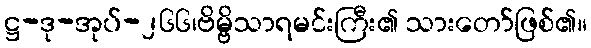
ဋ္ဌ-ဒု-အုပ်-၂၆၆၊ဗိမ္ဗိသာရမင်းကြီး၏ သားတော်ဖြစ်၏။